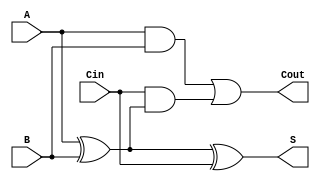
module full_adder (
    input wire A,    // First input bit
    input wire B,    // Second input bit
    input wire Cin,  // Carry-in bit
    output wire S,   // Sum output
    output wire Cout // Carry-out output
);

// Sum logic: S = A XOR B XOR Cin
assign S = A ^ B ^ Cin;

// Carry-out logic: Cout = (A AND B) OR (Cin AND (A XOR B))
assign Cout = (A & B) | (Cin & (A ^ B));

endmodule